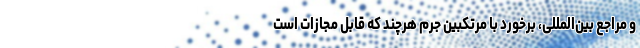
و مراجع بین‌المللی، برخورد با مرتکبین جرم هرچند که قابل مجازات است